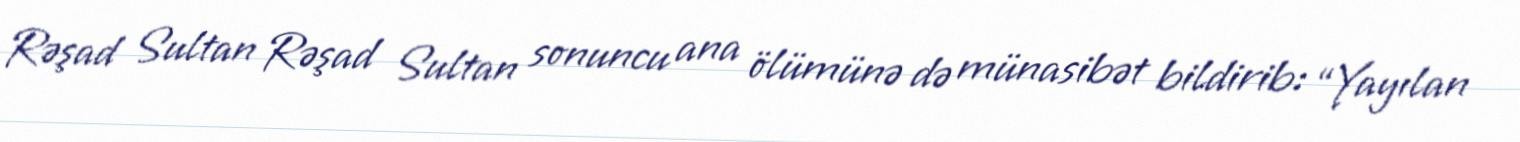
Rəşad Sultan Rəşad Sultan sonuncu ana ölümünə də münasibət bildirib: “Yayılan